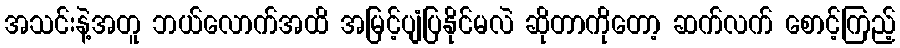
အသင်းနဲ့အတူ ဘယ်လောက်အထိ အမြင့်ပျံပြနိုင်မလဲ ဆိုတာကိုတော့ ဆက်လက် စောင့်ကြည့်